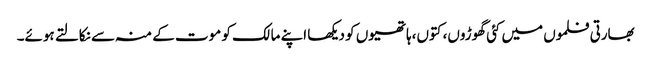
بھارتی فلموں میں کئی گھوڑوں، کتوں،ہاتھیوں کو دیکھا اپنے مالک کو موت کے منہ سے نکالتے ہوئے۔